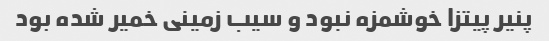
پنیر پیتزا خوشمزه نبود و سیب زمینی خمیر شده بود